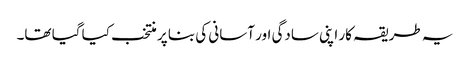
یہ طریقہ کار اپنی سادگی اور آسانی کی بنا پر منتخب کیا گیا تھا۔